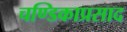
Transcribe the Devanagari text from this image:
चण्डिकाप्रसाद